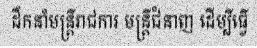
ដឹកនាំមន្ត្រីរាជការ មន្ត្រីជំនាញ ដើម្បីធ្វើ